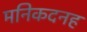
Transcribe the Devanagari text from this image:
मनिकदनह